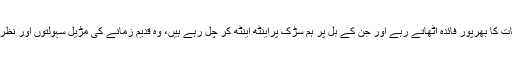
یا مودی آپ اس سے ہی خوش ہو لینا چاہتے ہیں کہ پورا ملک ساری جدید سہولیات کا بھرپور فائدہ اٹھاتے رہے اور جن کے بل پر ہم سڑک پراینٹھ اینٹھ کر چل رہے ہیں، وہ قدیم زمانے کی مڑیل سہولتوں اور نظر اندازیوں کے بیچ بندوقیں لئے سرحد پر شہادت کی باری کا انتظار کرتے رہیں۔